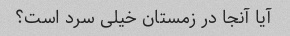
آیا آنجا در زمستان خیلی سرد است؟